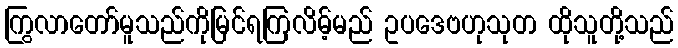
ကြွလာတော်မူသည်ကိုမြင်ရကြလိမ့်မည် ဥပဒေဗဟုသုတ ထိုသူတို့သည်